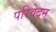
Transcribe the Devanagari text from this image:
परिवेदन